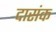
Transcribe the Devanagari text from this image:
दासंक